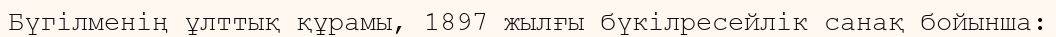
Бүгілменің ұлттық құрамы, 1897 жылғы бүкілресейлік санақ бойынша: